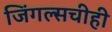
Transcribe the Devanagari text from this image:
जिंगल्सचीही